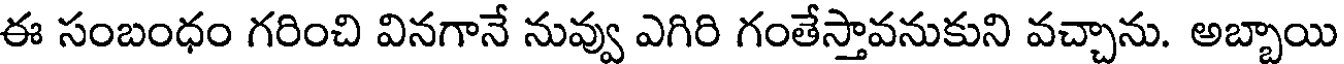
ఈ సంబంధం గరించి వినగానే నువ్వు ఎగిరి గంతేస్తావనుకుని వచ్చాను. అబ్బాయి